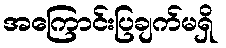
အကြောင်းပြချက်မရှိ